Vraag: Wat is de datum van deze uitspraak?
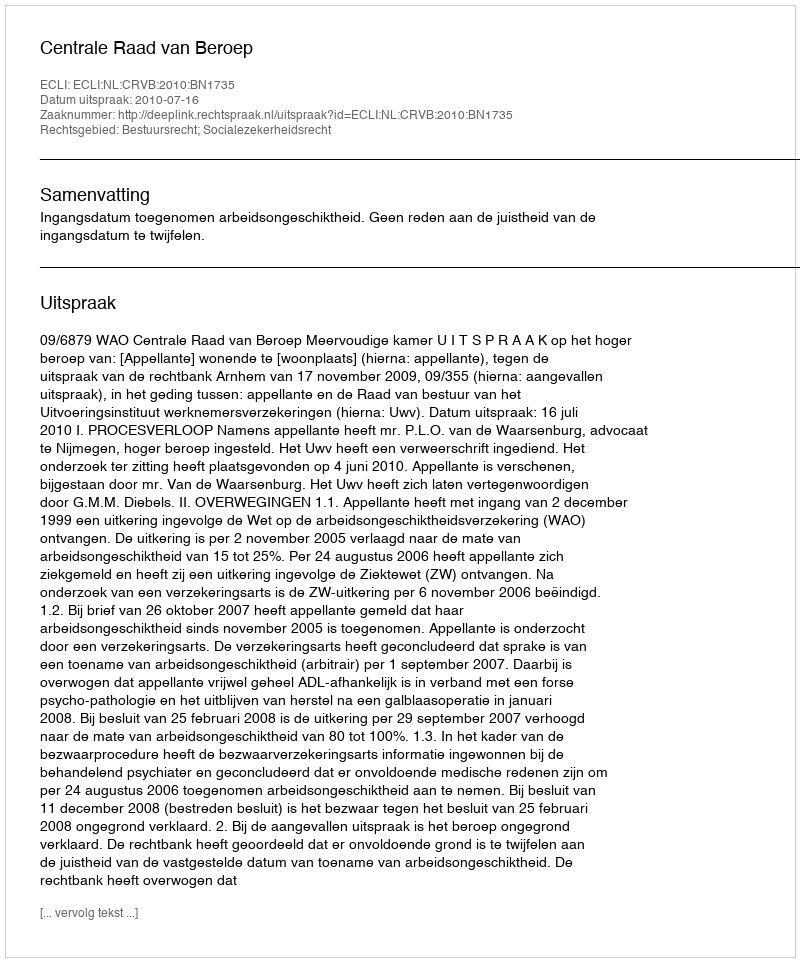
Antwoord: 2010-07-16